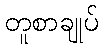
တူစာချုပ်